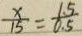
\frac { x } { 1 5 } = \frac { 1 . 5 } { 0 . 5 }